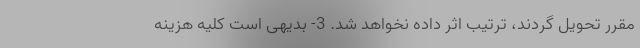
مقرر تحويل گردند، ترتيب اثر داده نخواهد شد. 3- بدیهی است کلیه هزینه